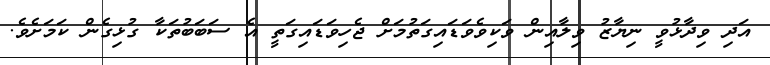
އަދި ވިދާޅުވީ ނިޔާޒު ވިލާއިން ވަކިވެވަޑައިގަތުމަށް ޖެހިވަޑައިގަތީ އެ ސަބަބުތަކާ ގުޅިގެން ކަމަށެވެ.